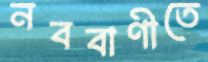
নববাণীতে